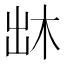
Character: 𠚐